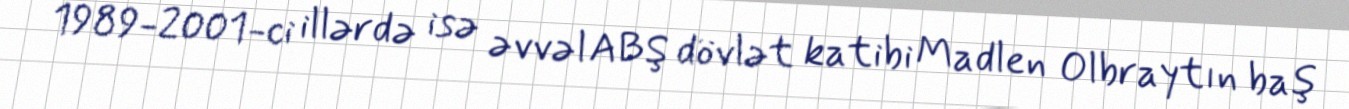
1989-2001-ci illərdə isə əvvəl ABŞ dövlət katibi Madlen Olbraytın baş